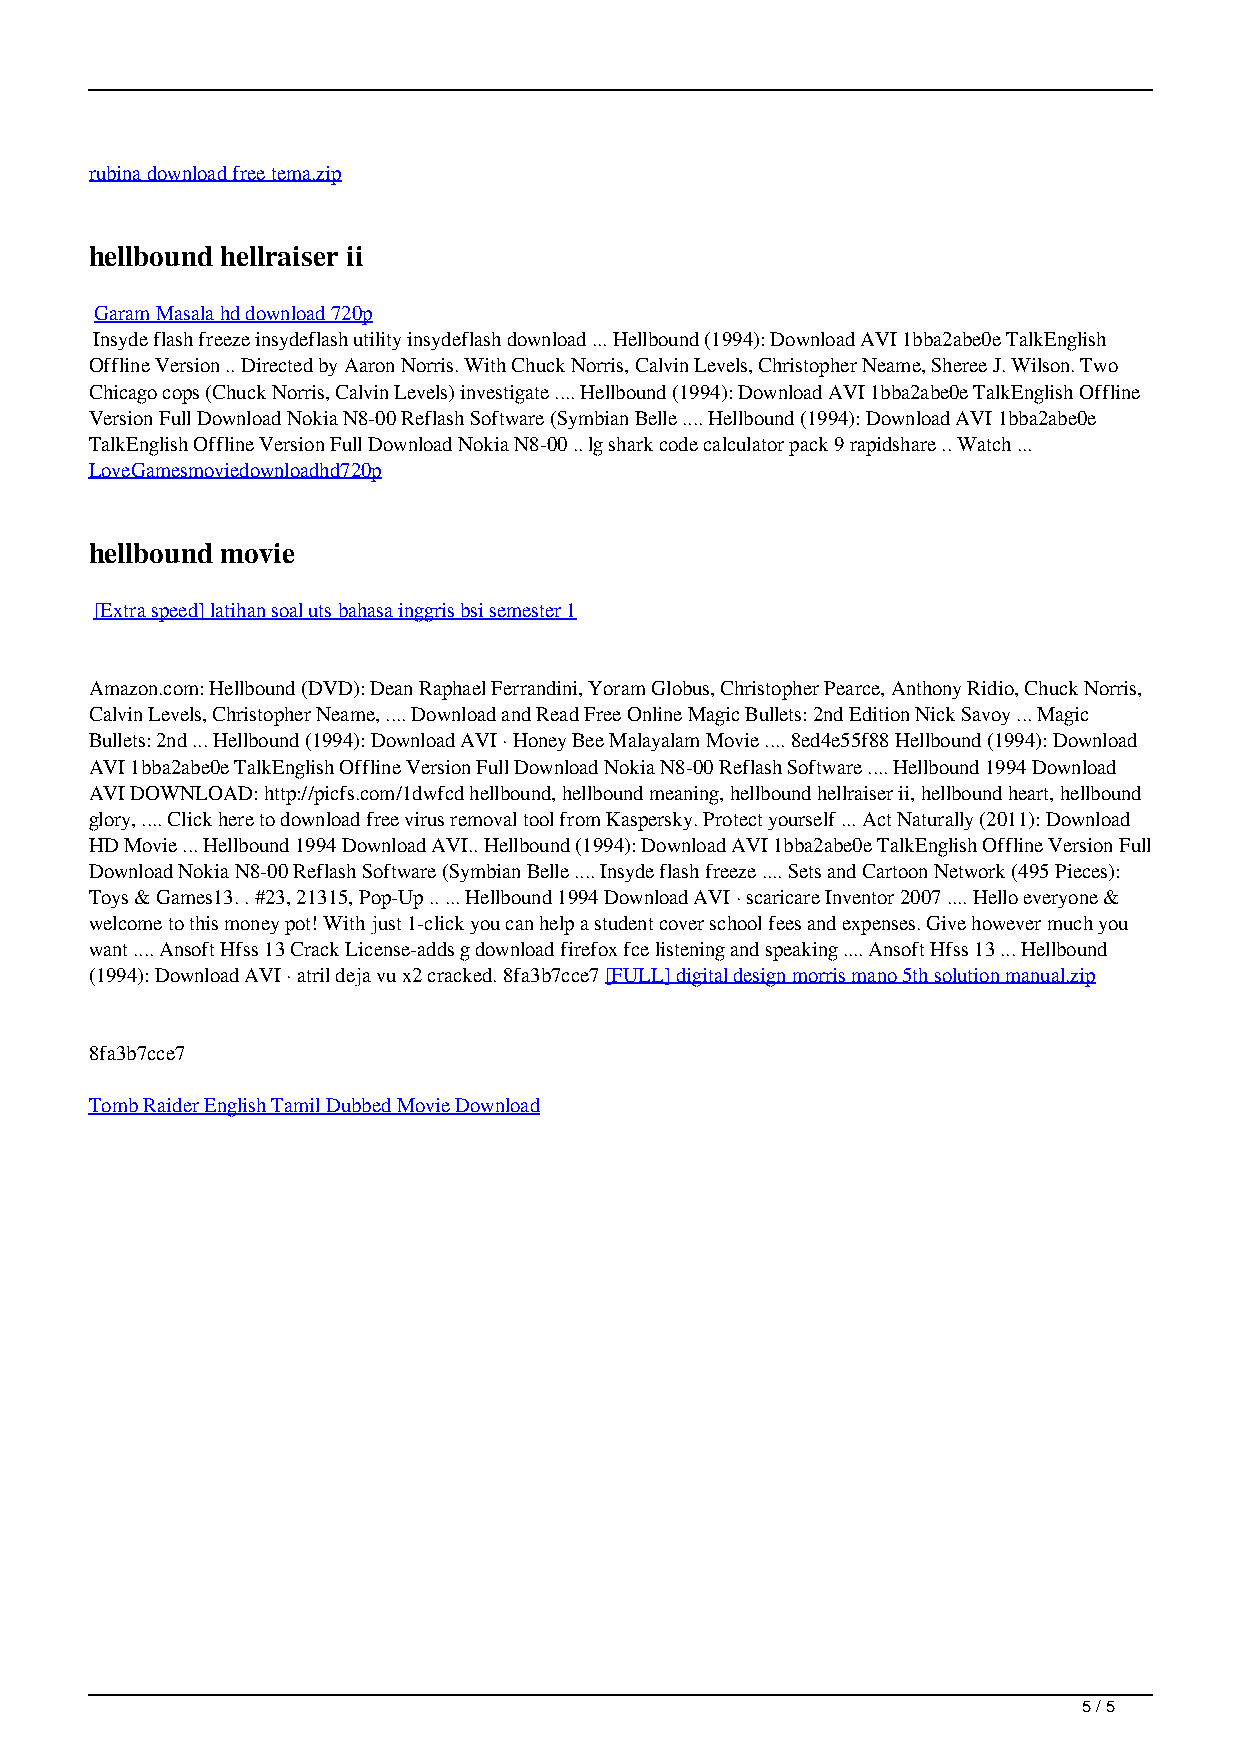
rubina download free tema.zip
 hellbound hellraiser ii
 Garam Masala hd download 720p
 Insyde flash freeze insydeflash utility insydeflash download ... Hellbound (1994): Download AVI 1bba2abe0e TalkEnglish
 Offline Version .. Directed by Aaron Norris. With Chuck Norris, Calvin Levels, Christopher Neame, Sheree J. Wilson. Two
 Chicago cops (Chuck Norris, Calvin Levels) investigate .... Hellbound (1994): Download AVI 1bba2abe0e TalkEnglish Offline
 Version Full Download Nokia N8-00 Reflash Software (Symbian Belle .... Hellbound (1994): Download AVI 1bba2abe0e
 TalkEnglish Offline Version Full Download Nokia N8-00 .. lg shark code calculator pack 9 rapidshare .. Watch ...
 LoveGamesmoviedownloadhd720p
 hellbound movie
 [Extra speed] latihan soal uts bahasa inggris bsi semester 1
 Amazon.com: Hellbound (DVD): Dean Raphael Ferrandini, Yoram Globus, Christopher Pearce, Anthony Ridio, Chuck Norris,
 Calvin Levels, Christopher Neame, .... Download and Read Free Online Magic Bullets: 2nd Edition Nick Savoy ... Magic
 Bullets: 2nd ... Hellbound (1994): Download AVI · Honey Bee Malayalam Movie .... 8ed4e55f88 Hellbound (1994): Download
 AVI 1bba2abe0e TalkEnglish Offline Version Full Download Nokia N8-00 Reflash Software .... Hellbound 1994 Download
 AVI DOWNLOAD: http://picfs.com/1dwfcd hellbound, hellbound meaning, hellbound hellraiser ii, hellbound heart, hellbound
 glory, .... Click here to download free virus removal tool from Kaspersky. Protect yourself ... Act Naturally (2011): Download
 HD Movie ... Hellbound 1994 Download AVI.. Hellbound (1994): Download AVI 1bba2abe0e TalkEnglish Offline Version Full
 Download Nokia N8-00 Reflash Software (Symbian Belle .... Insyde flash freeze .... Sets and Cartoon Network (495 Pieces):
 Toys & Games13. . #23, 21315, Pop-Up .. ... Hellbound 1994 Download AVI · scaricare Inventor 2007 .... Hello everyone &
 welcome to this money pot! With just 1-click you can help a student cover school fees and expenses. Give however much you
 want .... Ansoft Hfss 13 Crack License-adds g download firefox fce listening and speaking .... Ansoft Hfss 13 ... Hellbound
 (1994): Download AVI · atril deja vu x2 cracked. 8fa3b7cce7 [FULL] digital design morris mano 5th solution manual.zip
 8fa3b7cce7
 Tomb Raider English Tamil Dubbed Movie Download
 5 / 5
 Hellbound 1994 Download AVI